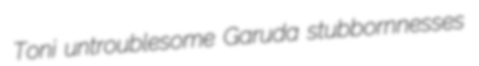
Toni untroublesome Garuda stubbornnesses